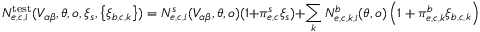
N _ { e , c , i } ^ { \mathrm { t e s t } } ( V _ { \alpha \beta } , \boldsymbol { \theta } , o , \xi _ { s } , \left\{ \xi _ { b , c , k } \right\} ) = N _ { e , c , i } ^ { s } ( V _ { \alpha \beta } , \boldsymbol { \theta } , o ) ( 1 + \pi _ { e , c } ^ { s } \xi _ { s } ) + \sum _ { k } N _ { e , c , k , i } ^ { b } ( \boldsymbol { \theta } , o ) \left( 1 + \pi _ { e , c , k } ^ { b } \xi _ { b , c , k } \right) \; ,